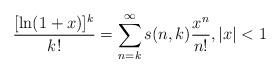
LaTeX: \begin{align*}\frac{[\ln(1+x)]^k}{k!}=\sum_{n=k}^\infty s(n,k)\frac{x^n}{n!},|x|<1\end{align*}